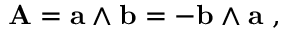
\mathbf { A } = \mathbf { a } \wedge \mathbf { b } = - \mathbf { b } \wedge \mathbf { a } \ ,